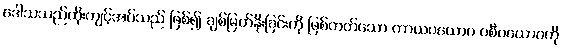
ဒေါသသည်ထိုးကျင့်အပ်သည် ဖြစ်၍ ချစ်မြတ်နိုးခြင်းကို ဖြစ်တတ်သော ကာယပယောဂ ဝစီပယောဂကို